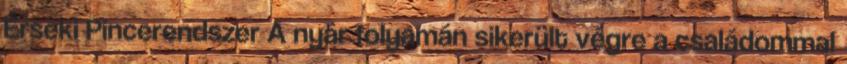
Érseki Pincerendszer A nyár folyamán sikerült végre a családommal